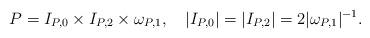
LaTeX: \begin{align*}P=I_{P,0}\times I_{P,2} \times \omega_{P,1},\quad|I_{P,0}| = |I_{P,2}| = 2|\omega_{P,1}|^{-1}.\end{align*}